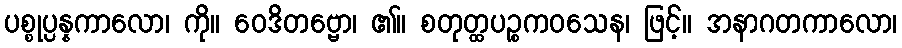
ပစ္စုပ္ပန္နကာလော၊ ကို။ ဝေဒိတဗ္ဗော၊ ၏။ စတုတ္ထပဉ္စကဝသေန၊ ဖြင့်။ အနာဂတကာလော၊